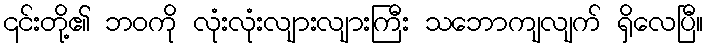
၎င်းတို့၏ ဘဝကို လုံးလုံးလျားလျားကြီး သဘောကျလျက် ရှိလေပြီ။